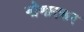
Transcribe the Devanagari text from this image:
गोणारकर